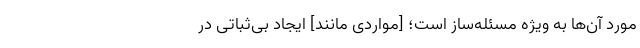
مورد آن‌ها به ویژه مسئله‌ساز است؛ [مواردی مانند] ایجاد بی‌ثباتی در